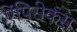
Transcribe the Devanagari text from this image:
ऐंपिरीकस